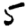
Digit: 5